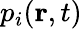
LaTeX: p_{i}(\textbf{r},t)